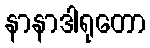
နာနာဒါရုတော